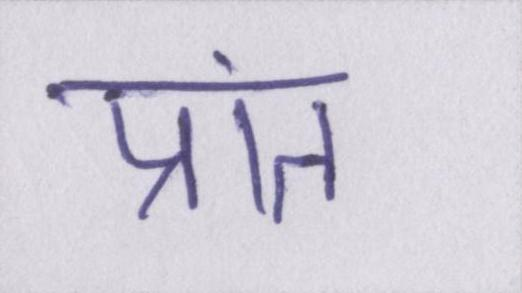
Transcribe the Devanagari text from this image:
प्रांत